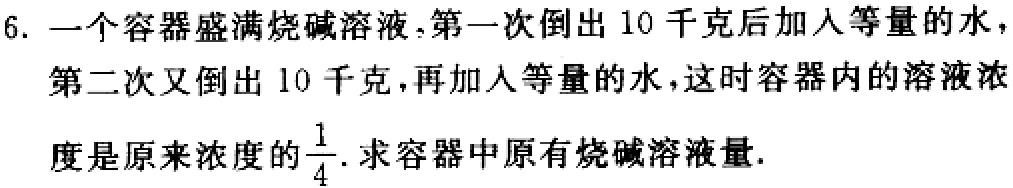
6. 一个容器盛满烧碱溶液，第一次倒出 10 千克后加入等量的水，第二次又倒出 10 千克，再加入等量的水，这时容器内的溶液浓度是原来浓度的$\frac{1}{4}$. 求容器中原有烧碱溶液量.